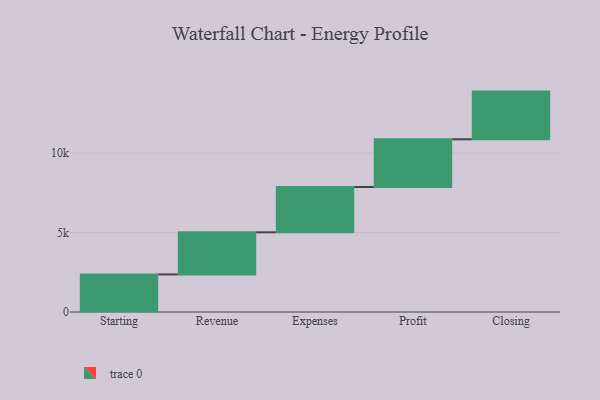
{"axis": {"x": "Step", "y": "Value"}, "legend": [""], "data": [{"x": "Starting", "y": 2364.0, "type": ""}, {"x": "Revenue", "y": 2650.0, "type": ""}, {"x": "Expenses", "y": 2851.0, "type": ""}, {"x": "Profit", "y": 3000, "type": ""}, {"x": "Closing", "y": 3000, "type": ""}]}